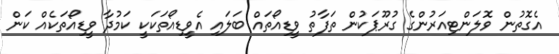
އެގޮތުން ވޮލަންޓިއަރުންގެ ގުރޫޕަކުން ތަފާތު ވީޑިއޯތައް ބަލައި އެވީޑިއޯތަކަކީ ކަމުދާ ވީޑިއޯތަކެއް ކަން